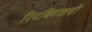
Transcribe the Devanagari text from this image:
रिपब्लिकची